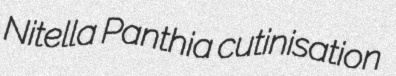
Nitella Panthia cutinisation